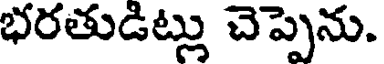
భరతుడిట్లు చెప్పెను.